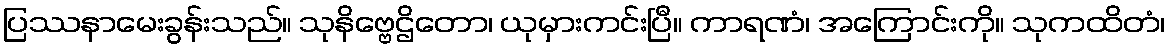
ပြဿနာမေးခွန်းသည်။ သုနိဗ္ဗေဌိတော၊ ယုမှားကင်းပြီ။ ကာရဏံ၊ အကြောင်းကို။ သုကထိတံ၊